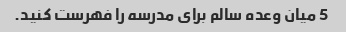
5 میان وعده سالم برای مدرسه را فهرست کنید.